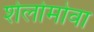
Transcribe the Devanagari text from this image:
शेलोमोवा